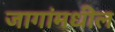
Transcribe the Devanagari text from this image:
जागांमधील